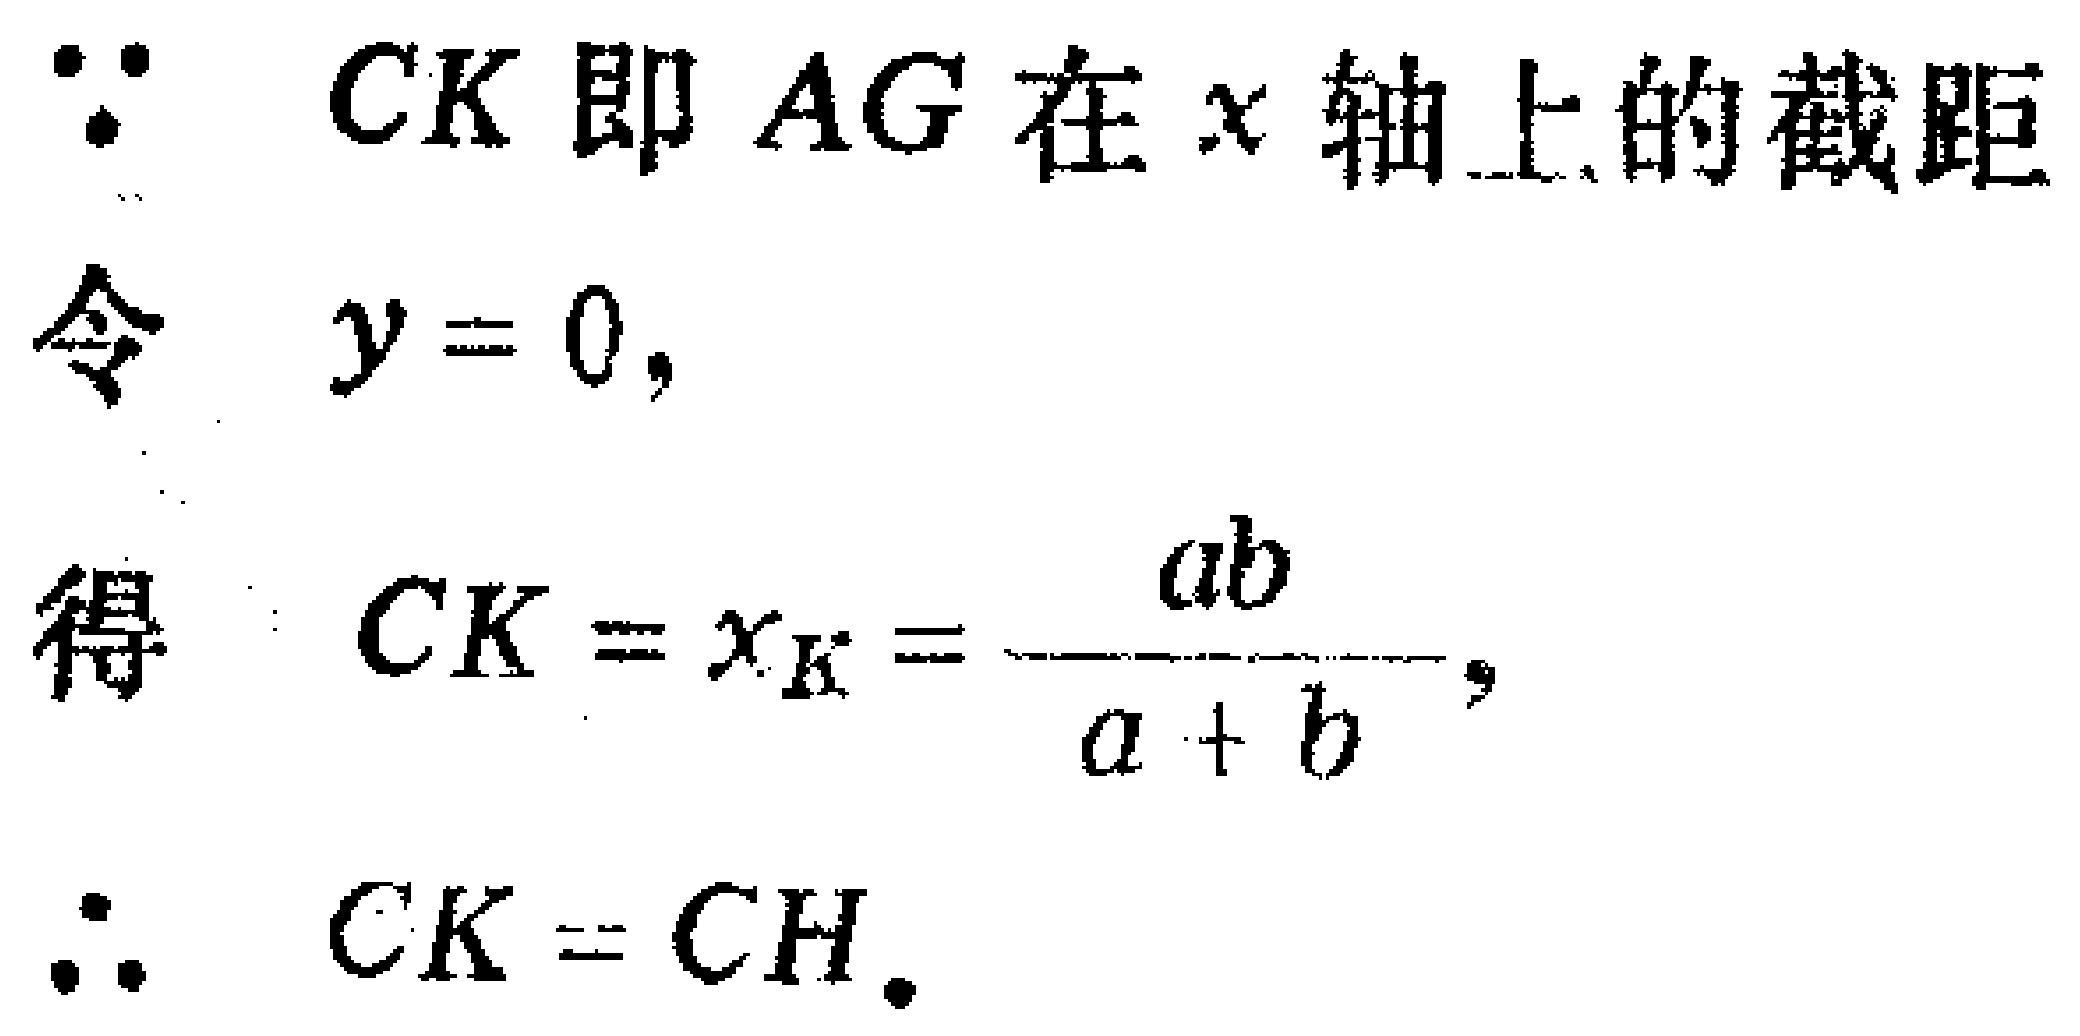
\(

\begin{align}

&\because \text{ CK 即 }AG\text{ 在 }x\text{ 轴上的截距}\\

&\text{令 }y = 0,\\

&\text{得 }CK=x_{K}=\frac{ab}{a + b},\\

&\therefore CK = CH.

\end{align}

\)